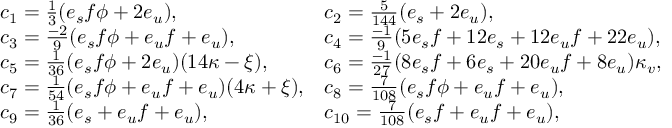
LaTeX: \begin{array} { l l } { { c _ { 1 } = { \frac { 1 } { 3 } } ( e _ { s } f \phi + 2 e _ { u } ) , } } & { { c _ { 2 } = { \frac { 5 } { 1 4 4 } } ( e _ { s } + 2 e _ { u } ) , } } \\ { { c _ { 3 } = { \frac { - 2 } { 9 } } ( e _ { s } f \phi + e _ { u } f + e _ { u } ) , } } & { { c _ { 4 } = { \frac { - 1 } { 9 } } ( 5 e _ { s } f + 1 2 e _ { s } + 1 2 e _ { u } f + 2 2 e _ { u } ) , } } \\ { { c _ { 5 } = { \frac { 1 } { 3 6 } } ( e _ { s } f \phi + 2 e _ { u } ) ( 1 4 \kappa - \xi ) , } } & { { c _ { 6 } = { \frac { - 1 } { 2 7 } } ( 8 e _ { s } f + 6 e _ { s } + 2 0 e _ { u } f + 8 e _ { u } ) \kappa _ { v } , } } \\ { { c _ { 7 } = { \frac { 1 } { 5 4 } } ( e _ { s } f \phi + e _ { u } f + e _ { u } ) ( 4 \kappa + \xi ) , } } & { { c _ { 8 } = { \frac { 7 } { 1 0 8 } } ( e _ { s } f \phi + e _ { u } f + e _ { u } ) , } } \\ { { c _ { 9 } = { \frac { 1 } { 3 6 } } ( e _ { s } + e _ { u } f + e _ { u } ) , } } & { { c _ { 1 0 } = { \frac { 7 } { 1 0 8 } } ( e _ { s } f + e _ { u } f + e _ { u } ) , } } \end{array}